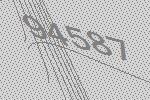
94587